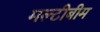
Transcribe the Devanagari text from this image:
मल्टीबीम